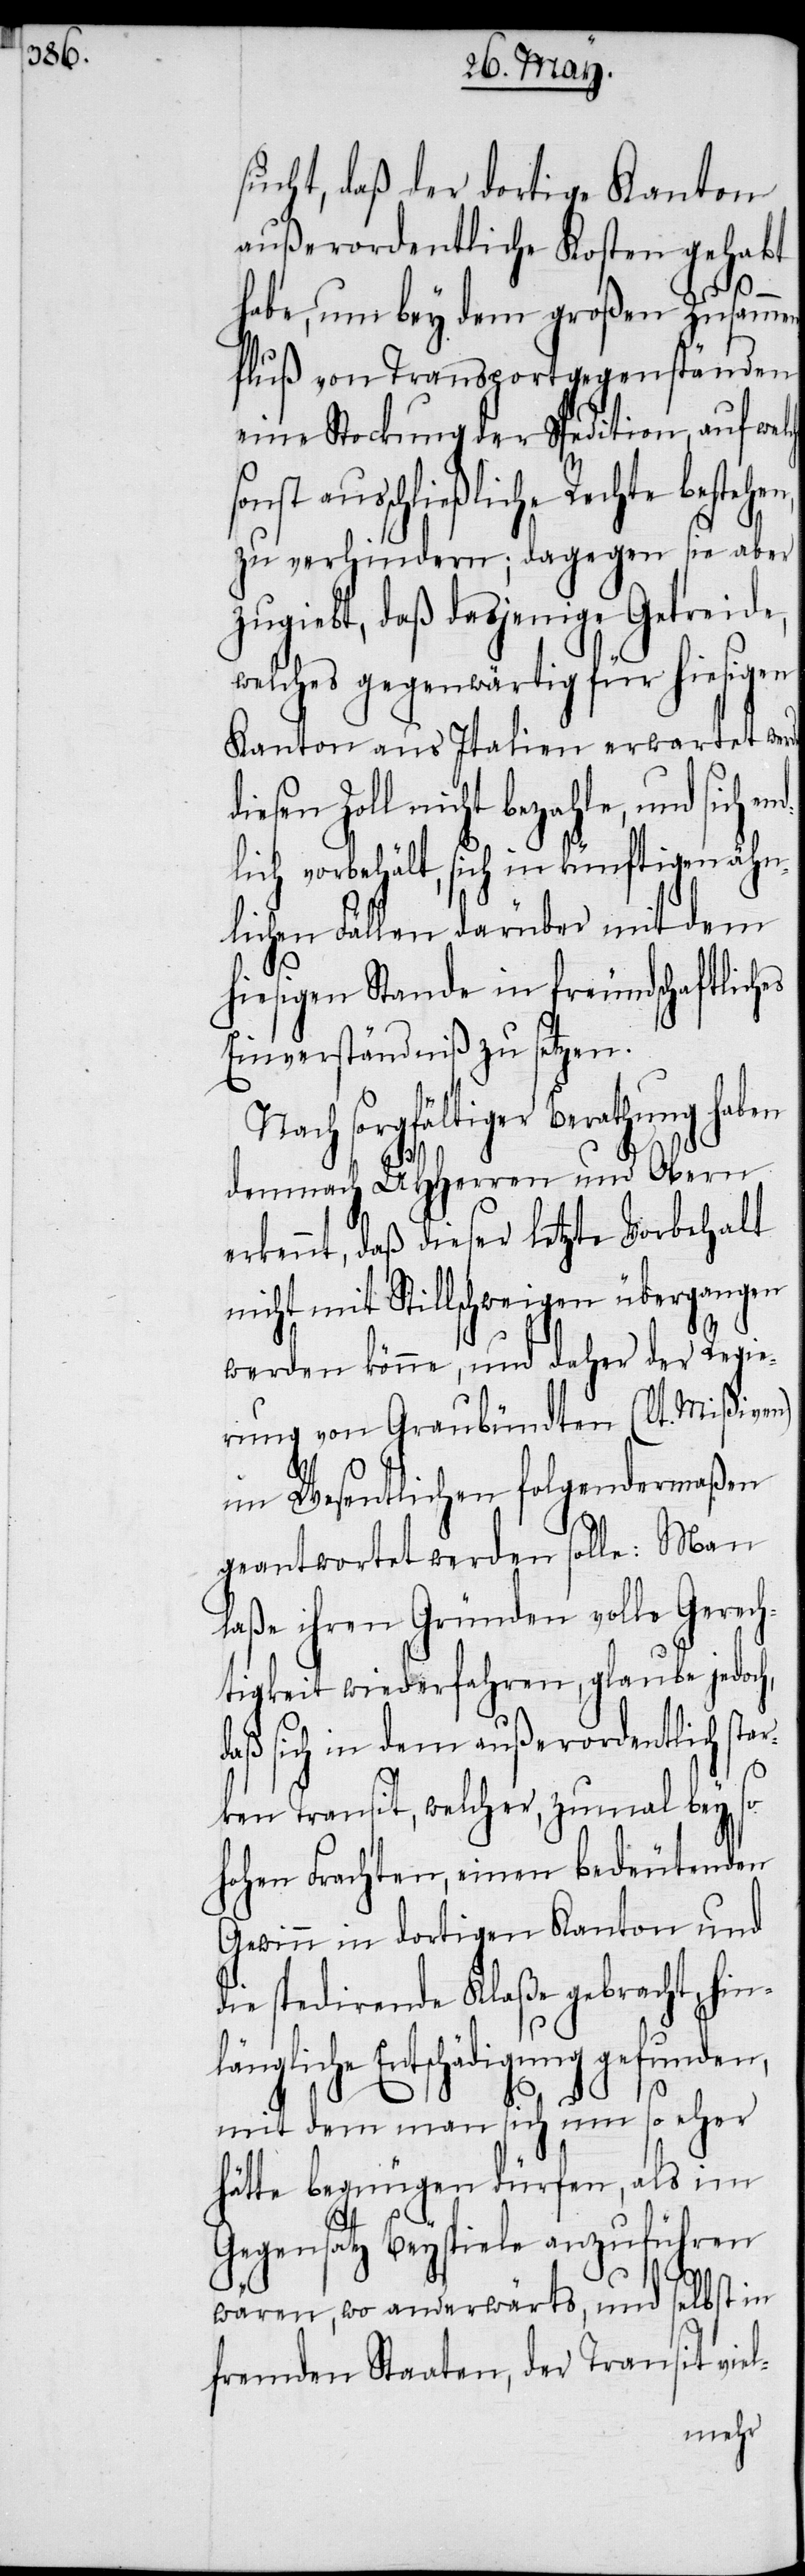
sucht, daß der dortige Kanton
außerordentliche Kosten gehabt
habe, um bey dem großen Zusamme¬
nfluß von Transportgegenständen
eine Stockung der Spedition, auf wel¬
le, und sich en¬
zu verhindern; dagegen sie aber
zugiebt, daß dasjenige Getreide,
welches gegenwärtig für hiesigen
Kanton aus Italien erwartet wer¬
dlich vorbehält, sich in künftigen ähn¬
lichen Fällen darüber mit dem
hiesigen Stande in freundschaftlich¬
Einverständniß zu setzen.
Nach sorgfältiger Berathung
demnach UHHerren und Obern
erkennt, daß dieser letzte Vorbehalt
nicht mit Stillschweigen übergangen
werden könne, und daher der Regie¬
rung von Graubündten (lt. Mißiven)
im Wesentlichen folgendermaßen
geantwortet werden solle: Man
laße ihren Gründen volle Gerech¬
tigkeit wiederfahren, glaube jedoch,
aß sich in dem außerordentlich star¬
ken Transit, welcher, zumal bey so
hohen Frachten, einen bedeutenden
Gewinn in dortigen Kanton und
die spedirende Klaße gebracht, hin¬
längliche Entschädigung gefunden,
mit dem man sich um so eher
hätte begnügen dürfen, als im
d¬
Gegensatz Beyspiele anzuführen
wären, wo anderwärts, und selbst in
fremden Staaten, der Transit viel-